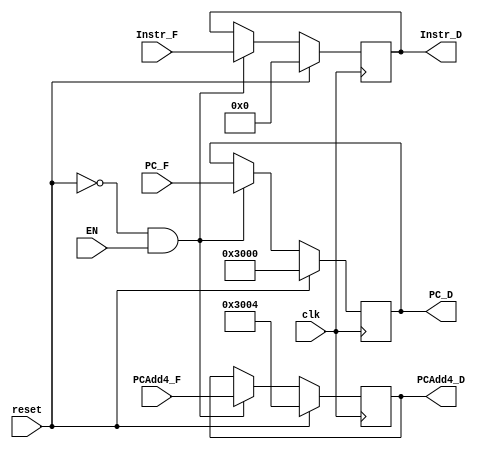
`timescale 1ns / 1ps
//////////////////////////////////////////////////////////////////////////////////
// Company: 
// Engineer: 
// 
// Design Name: 
// Module Name:    Decode 
// Project Name: 
// Target Devices: 
// Tool versions: 
// Description: 
//
// Dependencies: 
//
// Revision: 
// Revision 0.01 - File Created
// Additional Comments: 
//
//////////////////////////////////////////////////////////////////////////////////
module Decode(
    input [31:0] PC_F,
    input [31:0] PCAdd4_F,
    input [31:0] Instr_F,
    input EN,
    input clk,
    input reset,
    output [31:0] PC_D,
    output [31:0] PCAdd4_D,
    output [31:0] Instr_D
    );
	reg[31:0] pc, pcadd4, instr;
	assign PC_D = pc;
	assign PCAdd4_D = pcadd4;
	assign Instr_D = instr;
	initial begin
		pc <= 32'h00003000;
		pcadd4 <= 32'h00003004;
		instr <= 0;
	end
	always @(posedge clk) begin
		if(reset) begin
			pc <= 32'h00003000;
			pcadd4 <= 32'h00003004;
			instr <= 0;
		end
		else if(reset == 0 && EN == 1) begin
			pc <= PC_F;
			pcadd4 <= PCAdd4_F;
			instr <= Instr_F;			
		end
		else if(reset == 0 && EN == 0) begin
			pc <= pc;
			pcadd4 <= pcadd4;
			instr <= instr;
		end
	end
endmodule